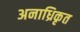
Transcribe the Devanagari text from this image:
अनाध्रिकृत